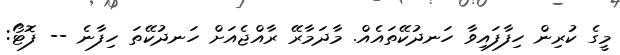
މީގެ ކުރިން ހިފާފައިވާ ހަނދުކޭތައެއް. މާދަމާރޭ ރާއްޖެއަށް ހަނދުކޭތަ ހިފާނެ -- ފޮޓޯ: